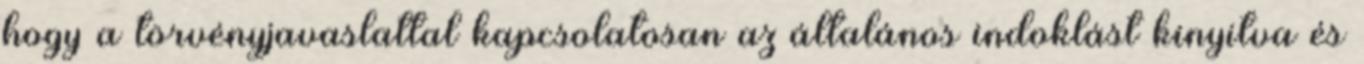
hogy a törvényjavaslattal kapcsolatosan az általános indoklást kinyitva és